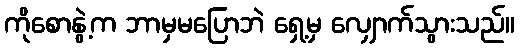
ကိုစောနွဲ့က ဘာမှမပြောဘဲ ရှေ့မှ လျှောက်သွားသည်။